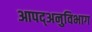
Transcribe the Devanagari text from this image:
आपद्अनुविभाग